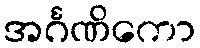
အင်္ဂဏိကော